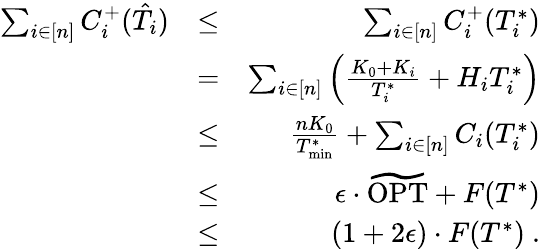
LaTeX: \begin{array}{rlr}{\sum_{i\in[n]}C_{i}^{+}(\hat{T}_{i})}&{\leq}&{\sum_{i\in[n]}C_{i}^{+}(T_{i}^{*})}\\ &{=}&{\sum_{i\in[n]}\left(\frac{K_{0}+K_{i}}{T_{i}^{*}}+H_{i}T_{i}^{*}\right)}\\ &{\leq}&{\frac{nK_{0}}{T_{\operatorname*{min}}^{*}}+\sum_{i\in[n]}C_{i}(T_{i}^{*})}\\ &{\leq}&{\epsilon\cdot\widetilde{\mathrm{OPT}}+F(T^{*})}\\ &{\leq}&{(1+2\epsilon)\cdot F(T^{*})\ .}\end{array}